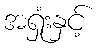
အရှုံးနှင့်